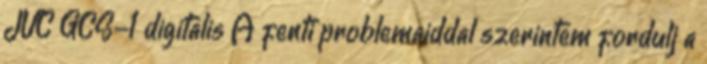
JVC GCS-1 digitalis A fenti problemaiddal szerintem fordulj a